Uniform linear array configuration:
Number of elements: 24
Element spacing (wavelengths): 0.75
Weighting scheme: uniform
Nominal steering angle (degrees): -60
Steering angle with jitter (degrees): -58.358
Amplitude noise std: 0.05
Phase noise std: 0.05

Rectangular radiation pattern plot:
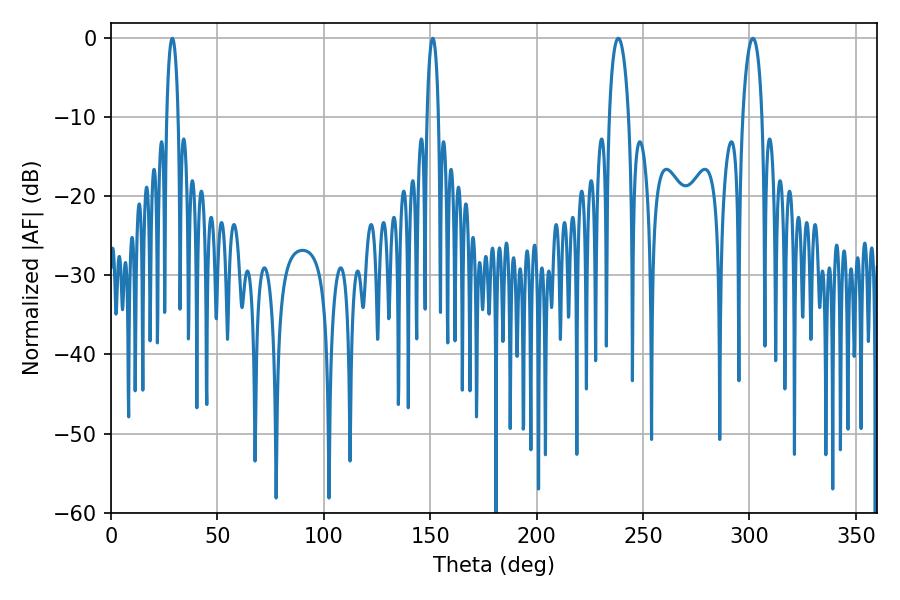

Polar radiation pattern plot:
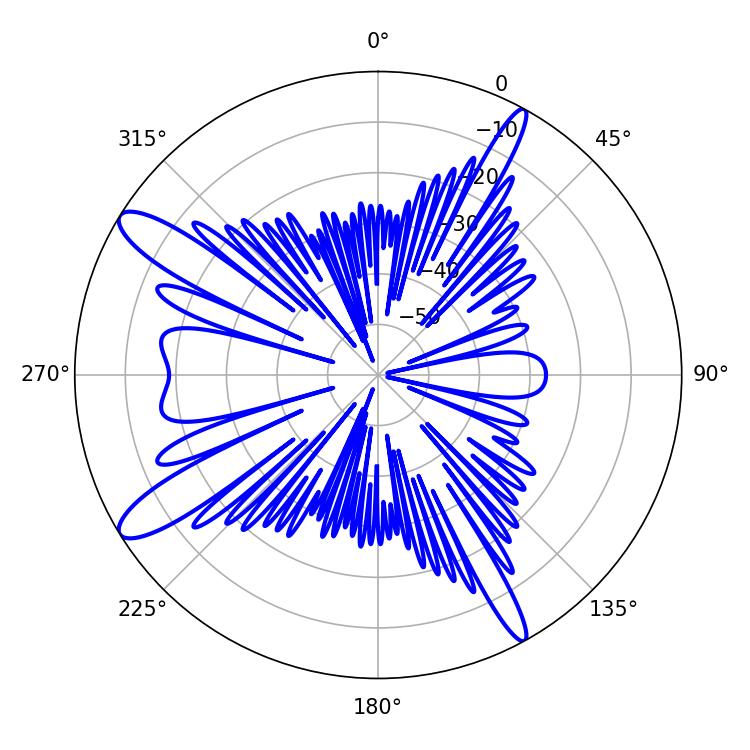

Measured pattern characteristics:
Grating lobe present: TRUE
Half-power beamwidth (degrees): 3.06
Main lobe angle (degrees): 28.8